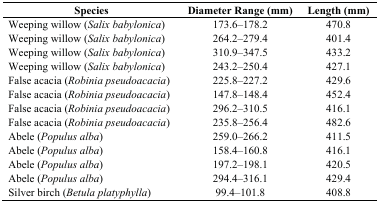
<table><thead><tr><td><b>Species</b></td><td><b>Diameter Range (mm)</b></td><td><b>Length (mm)</b></td></tr></thead><tbody><tr><td>Weeping willow (<i>Salix babylonica</i>)</td><td>173.6–178.2</td><td>470.8</td></tr><tr><td>Weeping willow (<i>Salix babylonica</i>)</td><td>264.2–279.4</td><td>401.4</td></tr><tr><td>Weeping willow (<i>Salix babylonica</i>)</td><td>310.9–347.5</td><td>433.2</td></tr><tr><td>Weeping willow (<i>Salix babylonica</i>)</td><td>243.2–250.4</td><td>427.1</td></tr><tr><td>False acacia (<i>Robinia pseudoacacia</i>)</td><td>225.8–227.2</td><td>429.6</td></tr><tr><td>False acacia (<i>Robinia pseudoacacia</i>)</td><td>147.8–148.4</td><td>452.4</td></tr><tr><td>False acacia (<i>Robinia pseudoacacia</i>)</td><td>296.2–310.5</td><td>416.1</td></tr><tr><td>False acacia (<i>Robinia pseudoacacia</i>)</td><td>235.8–256.4</td><td>482.6</td></tr><tr><td>Abele (<i>Populus alba</i>)</td><td>259.0–266.2</td><td>411.5</td></tr><tr><td>Abele (<i>Populus alba</i>)</td><td>158.4–160.8</td><td>416.1</td></tr><tr><td>Abele (<i>Populus alba</i>)</td><td>197.2–198.1</td><td>420.5</td></tr><tr><td>Abele (<i>Populus alba</i>)</td><td>294.4–316.1</td><td>429.4</td></tr><tr><td>Silver birch (<i>Betula platyphylla</i>)</td><td>99.4–101.8</td><td>408.8</td></tr></tbody></table>